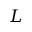
L